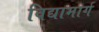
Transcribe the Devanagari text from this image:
विद्यामार्ग